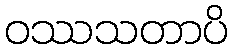
ဝဿသတာပိ